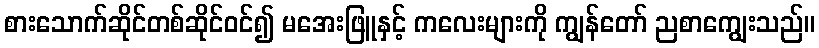
စားသောက်ဆိုင်တစ်ဆိုင်ဝင်၍ မအေးဖြူနှင့် ကလေးများကို ကျွန်တော် ညစာကျွေးသည်။